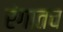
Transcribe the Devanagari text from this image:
रंगातच